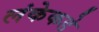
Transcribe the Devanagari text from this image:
लंकेकडे